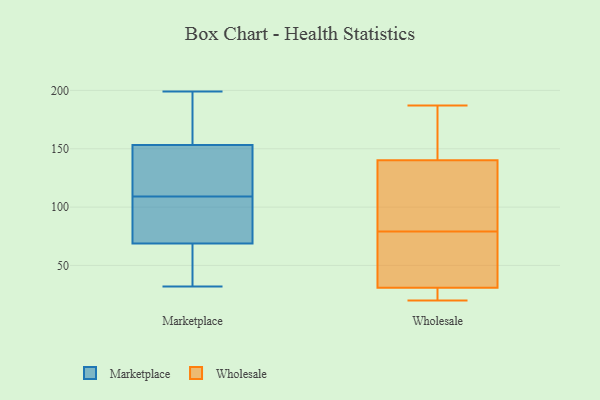
{"axis": {"x": "Market Share (%)", "y": "Value"}, "legend": ["Marketplace", "Wholesale"], "data": [{"x": "", "y": 99, "type": "Marketplace"}, {"x": "", "y": 170, "type": "Marketplace"}, {"x": "", "y": 46, "type": "Marketplace"}, {"x": "", "y": 166, "type": "Marketplace"}, {"x": "", "y": 114, "type": "Marketplace"}, {"x": "", "y": 115, "type": "Marketplace"}, {"x": "", "y": 149, "type": "Marketplace"}, {"x": "", "y": 102, "type": "Marketplace"}, {"x": "", "y": 109, "type": "Marketplace"}, {"x": "", "y": 125, "type": "Marketplace"}, {"x": "", "y": 32, "type": "Marketplace"}, {"x": "", "y": 187, "type": "Marketplace"}, {"x": "", "y": 56, "type": "Marketplace"}, {"x": "", "y": 98, "type": "Marketplace"}, {"x": "", "y": 73, "type": "Marketplace"}, {"x": "", "y": 199, "type": "Marketplace"}, {"x": "", "y": 52, "type": "Marketplace"}, {"x": "", "y": 187, "type": "Wholesale"}, {"x": "", "y": 64, "type": "Wholesale"}, {"x": "", "y": 42, "type": "Wholesale"}, {"x": "", "y": 20, "type": "Wholesale"}, {"x": "", "y": 152, "type": "Wholesale"}, {"x": "", "y": 129, "type": "Wholesale"}, {"x": "", "y": 107, "type": "Wholesale"}, {"x": "", "y": 79, "type": "Wholesale"}, {"x": "", "y": 27, "type": "Wholesale"}, {"x": "", "y": 144, "type": "Wholesale"}, {"x": "", "y": 20, "type": "Wholesale"}]}